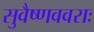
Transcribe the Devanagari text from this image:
सुवैष्णववराः